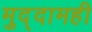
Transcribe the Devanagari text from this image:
मुद्दामही